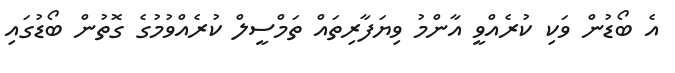
އެ ބޯޑުން ވަކި ކުރެއްވީ އާންމު ވިޔަފާރިތައް ތަމްސީލް ކުރެއްވުމުގެ ގޮތުން ބޯޑުގައި